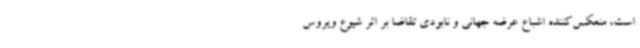
است، منعکس‌کننده اشباع عرضه جهانی و نابودی تقاضا بر اثر شیوع ویروس